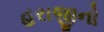
હરાજીનો